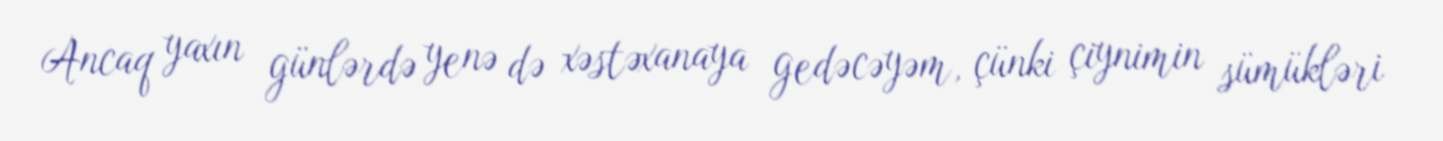
Ancaq yaxın günlərdə yenə də xəstəxanaya gedəcəyəm, çünki çiynimin sümükləri